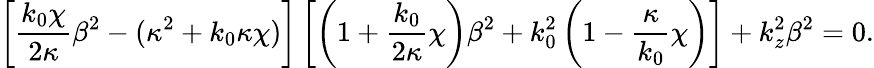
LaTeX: \left[\frac{k_{0}\chi}{2\kappa}\beta^{2}-(\kappa^{2}+k_{0}\kappa\chi)\right]\left[\left(1+\frac{k_{0}}{2\kappa}\chi\right)\beta^{2}+k_{0}^{2}\left(1-\frac{\kappa}{k_{0}}\chi\right)\right]+k_{z}^{2}\beta^{2}=0.